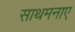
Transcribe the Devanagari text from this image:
साथमनाए